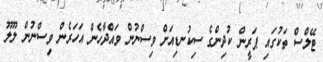
ޓޭލްސް ތަކުގައި ޕަރީން ކުދިންގެ ސިކުނޑިއަށް ވިސްނުން ވައްދާހެން އަހަރެން ވިސްނުން ލޫލޫ